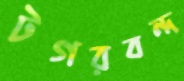
টগরবন্দ